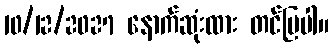
10/12/2027 နောက်ဆုံးထား တင်ပြပါ။